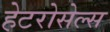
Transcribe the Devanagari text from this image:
हेटरोसेल्स